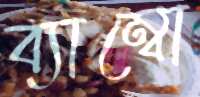
ব্যাম্বো